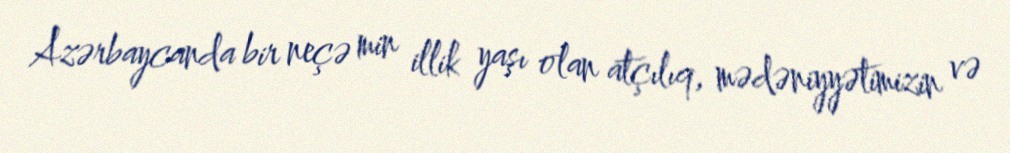
Azərbaycanda bir neçə min illik yaşı olan atçılıq, mədəniyyətimizin və